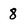
Character: 8